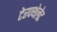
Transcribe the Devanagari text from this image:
टेरफ्थेलेट